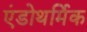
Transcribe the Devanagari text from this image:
एंडोथर्मिक